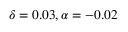
\delta = 0 . 0 3 , \alpha = - 0 . 0 2